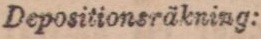
Depositionsräkning: